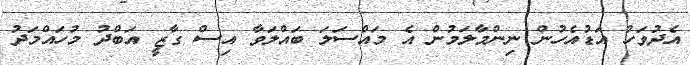
އެދުވަހު އަޑުއެހުން ނިންމާލަމުން އެ މައްސަލަ ބައްލަވާ އިސް ގާޒީ އަބްދު މުހައްމަދު